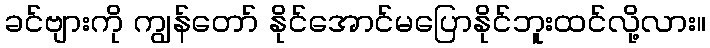
ခင်ဗျားကို ကျွန်တော် နိုင်အောင်မပြောနိုင်ဘူးထင်လို့လား။